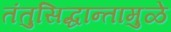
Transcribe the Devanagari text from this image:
तंतुसिद्धान्तामुळे